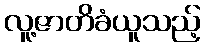
လူ့ဇာတိခံယူသည့်